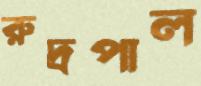
রুদ্রপাল